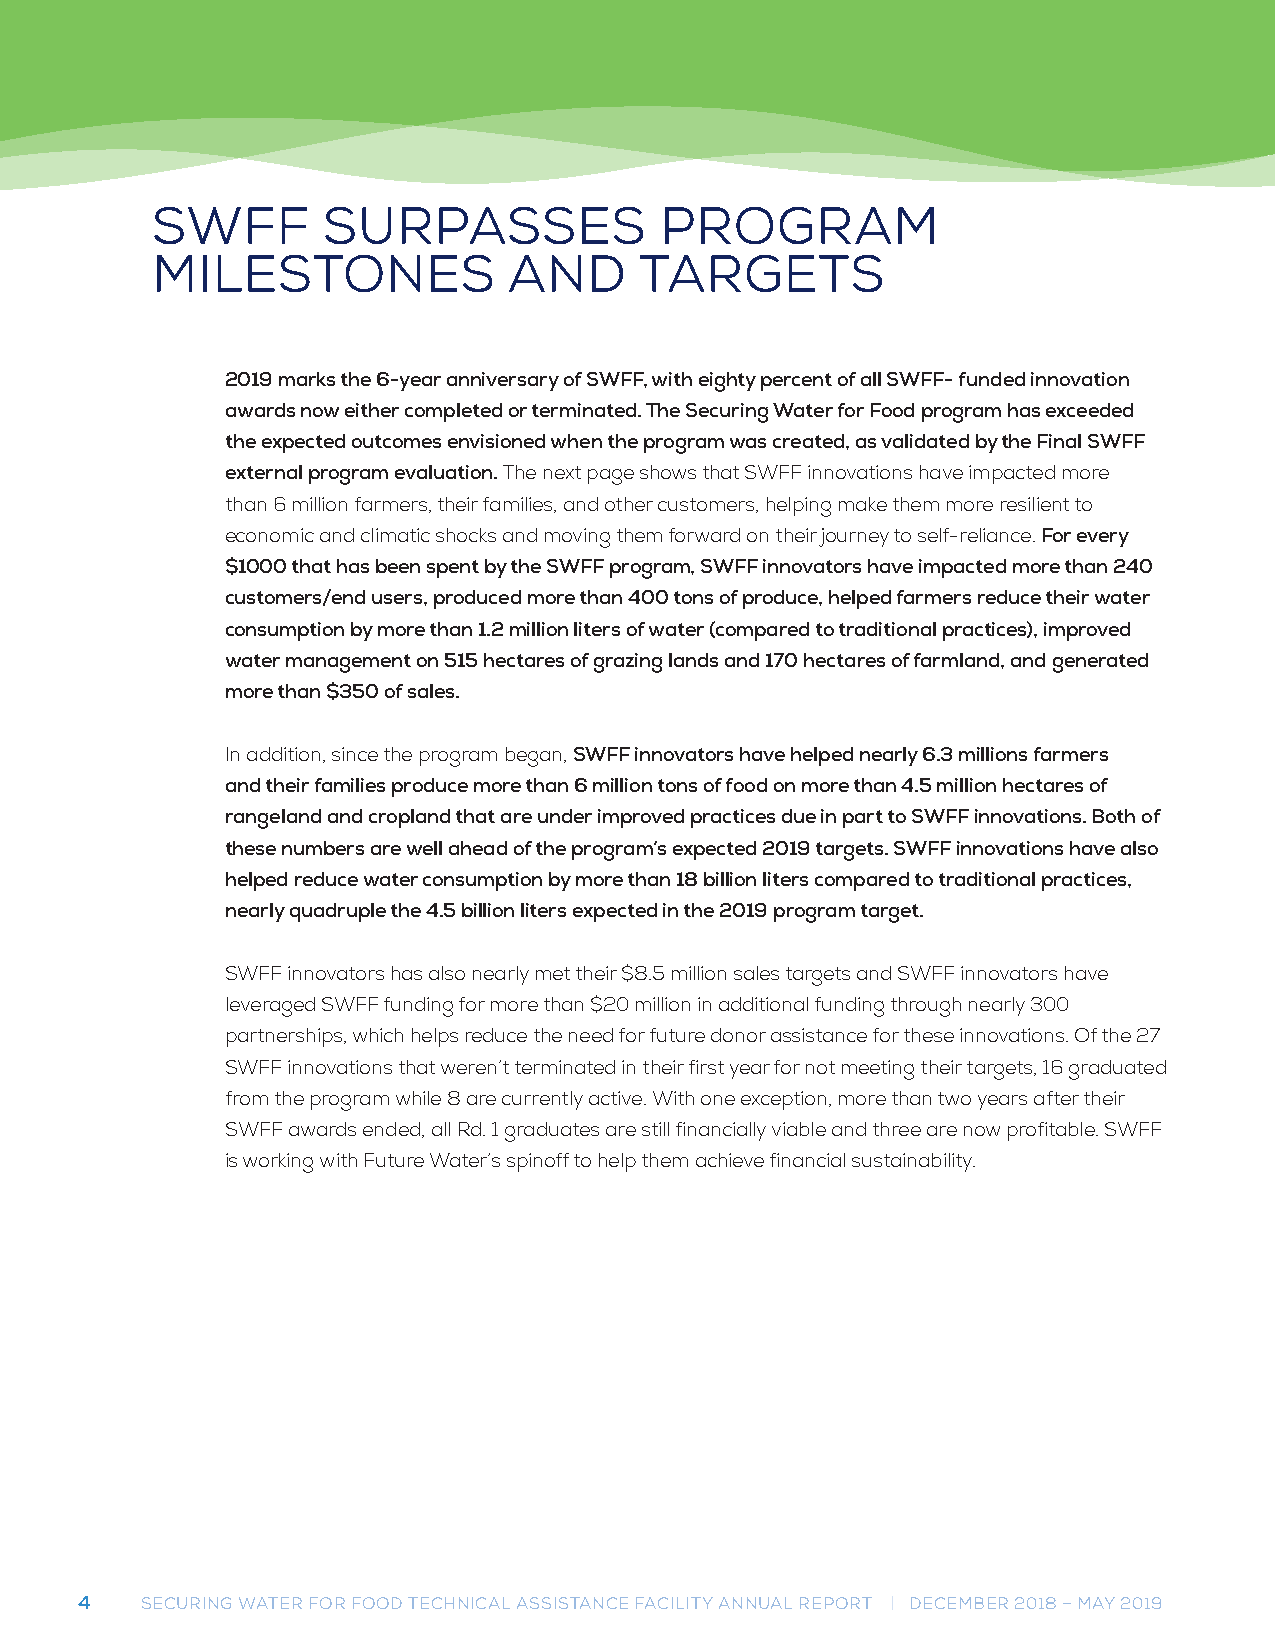
SWFF       SURPASSES              PROGRAM
 MILESTONES              AND     TARGETS
 2019 marks the 6-year anniversary of SWFF, with eighty percent of all SWFF- funded innovation
 awards now either completed or terminated. The Securing Water for Food program has exceeded
 the expected outcomes envisioned when the program was created, as validated by the Final SWFF
 external program evaluation. The next page shows that SWFF innovations have impacted more
 than 6 million farmers, their families, and other customers, helping make them more resilient to
 economic and climatic shocks and moving them forward on their journey to self-reliance. For every
 $1000 that has been spent by the SWFF program, SWFF innovators have impacted more than 240
 customers/end users, produced more than 400 tons of produce, helped farmers reduce their water
 consumption by more than 1.2 million liters of water (compared to traditional practices), improved
 water management on 515 hectares of grazing lands and 170 hectares of farmland, and generated
 more than $350 of sales.
 In addition, since the program began, SWFF innovators have helped nearly 6.3 millions farmers
 and their families produce more than 6 million tons of food on more than 4.5 million hectares of
 rangeland and cropland that are under improved practices due in part to SWFF innovations. Both of
 these numbers are well ahead of the program’s expected 2019 targets. SWFF innovations have also
 helped reduce water consumption by more than 18 billion liters compared to traditional practices,
 nearly quadruple the 4.5 billion liters expected in the 2019 program target.
 SWFF innovators has also nearly met their $8.5 million sales targets and SWFF innovators have
 leveraged SWFF funding for more than $20 million in additional funding through nearly 300
 partnerships, which helps reduce the need for future donor assistance for these innovations. Of the 27
 SWFF innovations that weren’t terminated in their first year for not meeting their targets, 16 graduated
 from the program while 8 are currently active. With one exception, more than two years after their
 SWFF awards ended, all Rd. 1 graduates are still financially viable and three are now profitable. SWFF
 is working with Future Water’s spinoff to help them achieve financial sustainability.
 4   SECURING WATER FOR FOOD TECHNICAL ASSISTANCE FACILITY ANNUAL REPORT | DECEMBER 2018 – MAY 2019